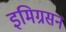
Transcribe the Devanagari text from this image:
इमिग्रसन